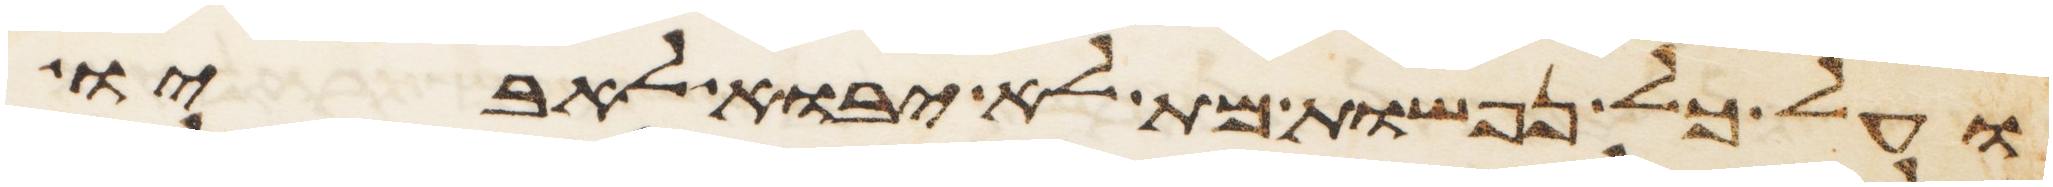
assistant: ועל כל נפשות מת לא יבוא לאביו